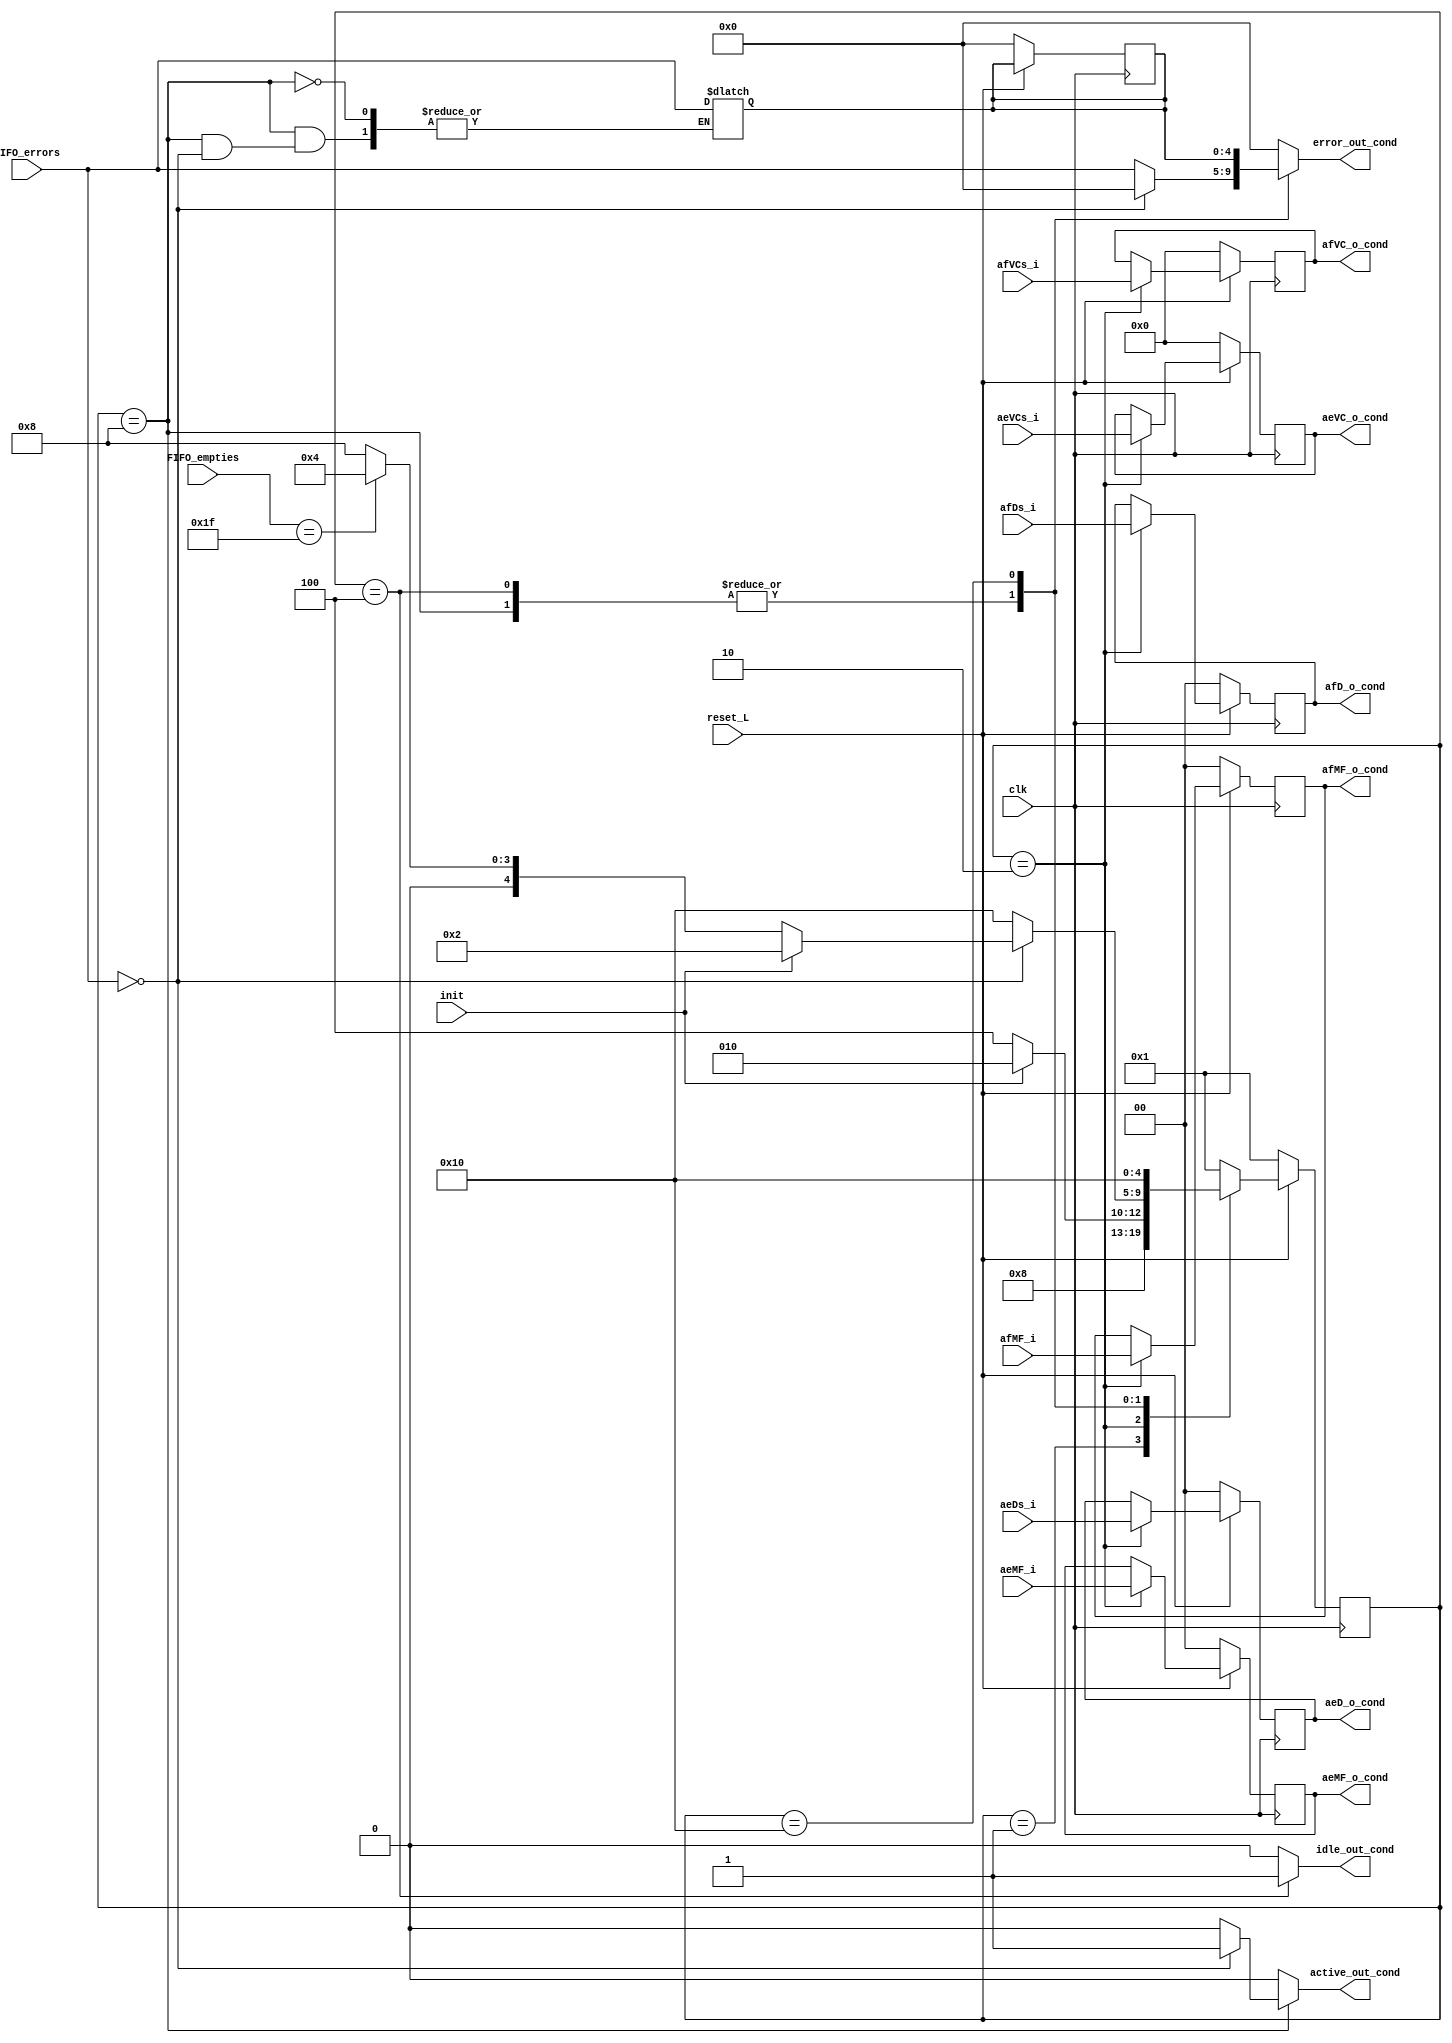
module fsm (
        input clk,
        input reset_L,
        input init,
        input [4:0] FIFO_errors,
        input [4:0]FIFO_empties,
        input [1:0] afMF_i,
        input [1:0] aeMF_i,
        input [3:0] afVCs_i,
        input [3:0] aeVCs_i,
        input [1:0] afDs_i,
        input [1:0] aeDs_i,
        output reg [4:0]error_out_cond,
        output reg active_out_cond,
        output reg idle_out_cond,
        output reg [1:0] afMF_o_cond,
        output reg [1:0] aeMF_o_cond,
        output reg [1:0] afD_o_cond,
        output reg [1:0] aeD_o_cond,
        output reg [3:0] afVC_o_cond,
        output reg [3:0] aeVC_o_cond);

    //FF
    reg [4:0] estado, estado_proximo;
    reg [4:0] error_ant;
  
    //Estados
    parameter RESET='b00001;
    parameter INIT='b00010;
    parameter IDLE='b00100;
    parameter ACTIVE='b01000;
    parameter ERROR='b10000;


    always @(posedge clk)begin
      if (!reset_L) begin
        estado<=RESET;
        afMF_o_cond<='b0;
        aeMF_o_cond<='b0;
        afVC_o_cond<='b0;
        aeVC_o_cond<='b0;
        afD_o_cond<='b0;
        aeD_o_cond<='b0;
        error_ant<='b0;
      end else begin
        estado<=estado_proximo;
        if(estado==INIT)begin    
            afMF_o_cond<=afMF_i;
            aeMF_o_cond<=aeMF_i;
            afVC_o_cond<=afVCs_i;
            aeVC_o_cond<=aeVCs_i;
            afD_o_cond<=afDs_i;
            aeD_o_cond<=aeDs_i;
        end
      end
    end



    always @(*)begin
        error_out_cond=0;
        active_out_cond=0;
        idle_out_cond='b0;
        estado_proximo=RESET;
        //Seleccion de proximos estados
        case (estado)
        RESET: begin
            estado_proximo=INIT;
            error_out_cond='b0;
            active_out_cond='b0;
            idle_out_cond='b0;
        end

        INIT:begin
            if (init) begin
                estado_proximo=INIT;
            end else begin
                estado_proximo=IDLE;
            end
            error_out_cond='b0;
            active_out_cond='b0;
            idle_out_cond='b0;

            // afMF_o_cond=afMF_i;
            // aeMF_o_cond=aeMF_i;
            // afVC_o_cond=afVCs_i;
            // aeVC_o_cond=aeVCs_i;
            // afD_o_cond=afDs_i;
            // aeD_o_cond=aeDs_i;
        end

        IDLE:begin
            if (FIFO_errors==0) begin
                if (init==1) begin
                    estado_proximo=INIT;
                end else begin
                    if (FIFO_empties==31) begin
                        estado_proximo=IDLE;
                    end else begin
                        estado_proximo=ACTIVE;
                    end
                end
                    error_out_cond='b0;
                    active_out_cond='b0;
                    idle_out_cond='b1;
            end 
          
            else begin
                estado_proximo=ERROR;
                error_out_cond=FIFO_errors;
                active_out_cond='b0;
                idle_out_cond='b1;
            end
        end

        ACTIVE:begin
            if (FIFO_errors==0) begin
                if (init==1) begin
                    estado_proximo=INIT;
                end else begin
                    if (FIFO_empties==31) begin
                        estado_proximo=IDLE;
                    end else begin
                        estado_proximo=ACTIVE;
                    end
                end
                error_out_cond='b0;
                active_out_cond='b1;
                idle_out_cond='b0;
            end
          
          else begin
            estado_proximo=ERROR;
            error_ant=FIFO_errors;
            error_out_cond=FIFO_errors;
            active_out_cond='b0;
            idle_out_cond='b0;
          end
        end

        ERROR:begin
            estado_proximo=ERROR;
            error_out_cond=error_ant;
            active_out_cond='b0;
            idle_out_cond='b0;
        end
        default:begin
            estado_proximo=RESET;
        end
        endcase
    end
endmodule